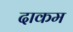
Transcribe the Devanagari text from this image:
दाकम